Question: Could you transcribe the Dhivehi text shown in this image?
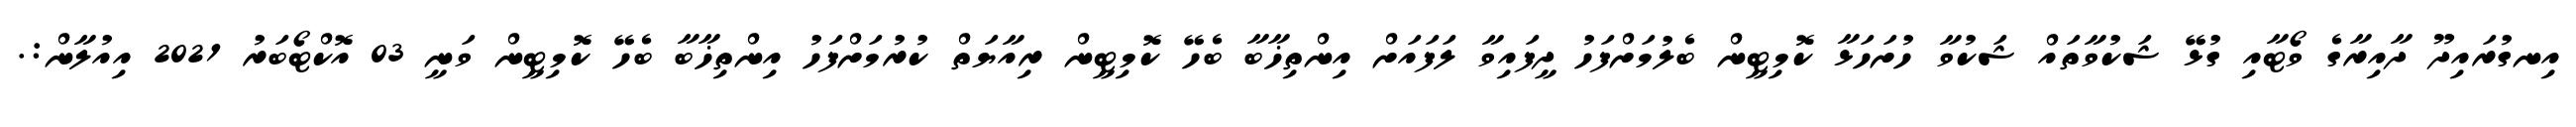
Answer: އިނގުރައިދޫ ދާއިރާގެ ވޯޓާއި ގުޅޭ ޝަކުވާތައް ޝަކުވާ ހުށަހަޅާ ކޮމިޓީން ބެލުމަށްފަހު ދީފައިވާ ލަފައަށް އިންތިޚާބާ ބެހޭ ކޮމިޓީން ރިއާޔަތް ކުރުމަށްފަހު އިންތިޚާބާ ބެހޭ ކޮމިޓީން ވަނީ 03 އޮކްޓޯބަރު 2021 އިއުލާން:.